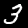
Label: 3